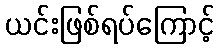
ယင်းဖြစ်ရပ်ကြောင့်